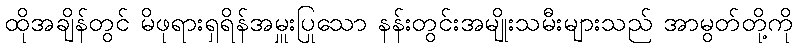
ထိုအချိန်တွင် မိဖုရားရှရိန်အမှူးပြုသော နန်းတွင်းအမျိုးသမီးများသည် အာမွတ်တို့ကို